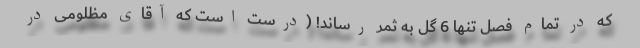
که در تمام فصل تنها 6 گل به ثمر رساند! (درست است که آقای مظلومی در